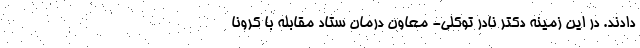
دادند. در این زمینه دکتر نادر توکلی- معاون درمان ستاد مقابله با کرونا